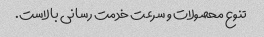
تنوع محصولات و سرعت خدمت رسانی بالاست.